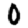
Digit: 0